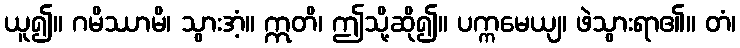
ယူ၍။ ဂမိဿာမိ၊ သွားအံ့။ ဣတိ၊ ဤသို့ဆို၍။ ပက္ကမေယျ၊ ဖဲသွားရာ၏။ တံ၊